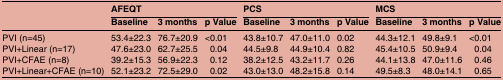
<table><thead><tr><td><b> </b></td><td colspan="3"><b>AFEQT</b></td><td colspan="3"><b>PCS</b></td><td colspan="3"><b>MCS</b></td></tr><tr><td></td><td><b>Baseline</b></td><td><b>3 months</b></td><td><b>p Value</b></td><td><b>Baseline</b></td><td><b>3 months</b></td><td><b>p Value</b></td><td><b>Baseline</b></td><td><b>3 months</b></td><td><b>p Value</b></td></tr></thead><tbody><tr><td>PVI (n=45)</td><td>53.4±22.3</td><td>76.7±20.9</td><td>&lt;0.01</td><td>43.8±10.7</td><td>47.0±11.0</td><td>0.02</td><td>44.3±12.1</td><td>49.8±9.1</td><td>&lt;0.01</td></tr><tr><td>PVI+Linear (n=17)</td><td>47.6±23.0</td><td>62.7±25.5</td><td>0.04</td><td>44.5±9.8</td><td>44.9±10.4</td><td>0.82</td><td>45.4±10.5</td><td>50.9±9.4</td><td>0.04</td></tr><tr><td>PVI+CFAE (n=8)</td><td>39.2±15.3</td><td>56.9±22.3</td><td>0.12</td><td>38.2±12.5</td><td>43.2±11.7</td><td>0.26</td><td>44.1±13.8</td><td>47.0±11.6</td><td>0.46</td></tr><tr><td>PVI+Linear+CFAE (n=10)</td><td>52.1±23.2</td><td>72.5±29.0</td><td>0.02</td><td>43.0±13.0</td><td>48.2±15.8</td><td>0.14</td><td>49.5±8.3</td><td>48.0±14.1</td><td>0.65</td></tr></tbody></table>